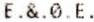
E.&.0.E.